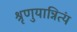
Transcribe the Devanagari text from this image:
श्रृणुयान्नित्यं